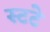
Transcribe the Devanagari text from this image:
स्टटे